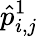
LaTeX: \hat{p}_{i,j}^{1}